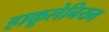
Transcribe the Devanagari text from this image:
हाकूलेनियम